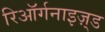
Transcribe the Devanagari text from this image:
रिऑर्गनाइज़्ड